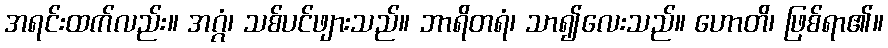
အရင်းထက်လည်း။ အဂ္ဂံ၊ သစ်ပင်ဖျားသည်။ ဘာရိတရံ၊ သာ၍လေးသည်။ ဟောတိ၊ ဖြစ်ရာ၏။